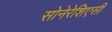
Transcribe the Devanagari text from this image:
सोनेरेशिएसी